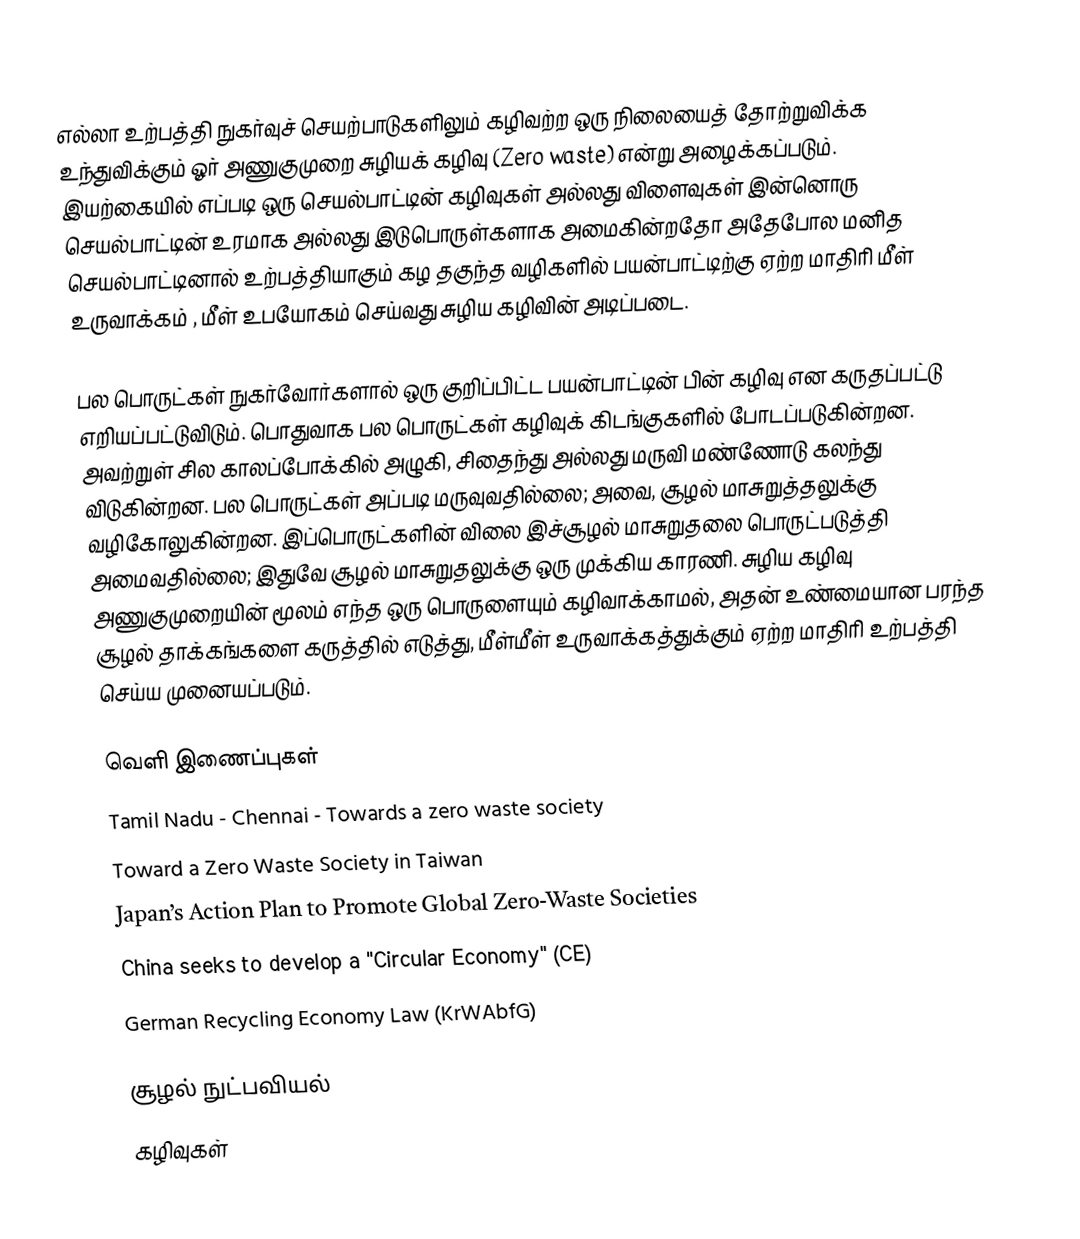
எல்லா உற்பத்தி நுகர்வுச் செயற்பாடுகளிலும் கழிவற்ற ஒரு நிலையைத் தோற்றுவிக்க உந்துவிக்கும் ஓர் அணுகுமுறை சுழியக் கழிவு (Zero waste) என்று அழைக்கப்படும். இயற்கையில் எப்படி ஒரு செயல்பாட்டின் கழிவுகள் அல்லது விளைவுகள் இன்னொரு செயல்பாட்டின் உரமாக அல்லது இடுபொருள்களாக அமைகின்றதோ அதேபோல மனித செயல்பாட்டினால் உற்பத்தியாகும் கழ தகுந்த வழிகளில் பயன்பாட்டிற்கு ஏற்ற மாதிரி மீள் உருவாக்கம் , மீள் உபயோகம் செய்வது சுழிய கழிவின் அடிப்படை.

பல பொருட்கள் நுகர்வோர்களால் ஒரு குறிப்பிட்ட பயன்பாட்டின் பின் கழிவு என கருதப்பட்டு எறியப்பட்டுவிடும். பொதுவாக பல பொருட்கள் கழிவுக் கிடங்குகளில் போடப்படுகின்றன. அவற்றுள் சில காலப்போக்கில் அழுகி, சிதைந்து அல்லது மருவி மண்ணோடு கலந்து விடுகின்றன.  பல பொருட்கள் அப்படி மருவுவதில்லை; அவை, சூழல் மாசுறுத்தலுக்கு வழிகோலுகின்றன. இப்பொருட்களின் விலை இச்சூழல் மாசுறுதலை பொருட்படுத்தி அமைவதில்லை; இதுவே சூழல் மாசுறுதலுக்கு ஒரு முக்கிய காரணி. சுழிய கழிவு அணுகுமுறையின் மூலம் எந்த ஒரு பொருளையும் கழிவாக்காமல், அதன் உண்மையான பரந்த சூழல் தாக்கங்களை கருத்தில் எடுத்து, மீள்மீள் உருவாக்கத்துக்கும் ஏற்ற மாதிரி உற்பத்தி செய்ய முனையப்படும்.

வெளி இணைப்புகள்
 Tamil Nadu - Chennai - Towards a zero waste society
 Toward a Zero Waste Society in Taiwan
 Japan’s Action Plan to Promote Global Zero-Waste Societies
 China seeks to develop a "Circular Economy" (CE)
 German Recycling Economy Law (KrWAbfG)

சூழல் நுட்பவியல்
கழிவுகள்